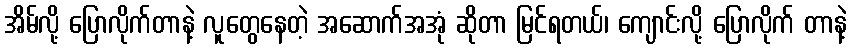
အိမ်လို့ ပြောလိုက်တာနဲ့ လူတွေနေတဲ့ အဆောက်အအုံ ဆိုတာ မြင်ရတယ်၊ ကျောင်းလို့ ပြောလိုက် တာနဲ့